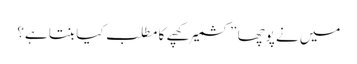
میں نے پوچھا ”کشمیر کھپے کا مطلب کیا بنتا ہے؟